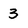
Character: 3